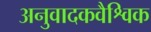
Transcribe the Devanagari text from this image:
अनुवादकवैश्विक